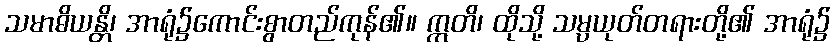
သမာဓိယန္တိ၊ အာရုံ၌ကောင်းစွာတည်ကုန်၏။ ဣတိ၊ ထိုသို့ သမ္ပယုတ်တရားတို့၏ အာရုံ၌